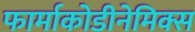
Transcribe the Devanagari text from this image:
फार्माकोडीनेमिक्स